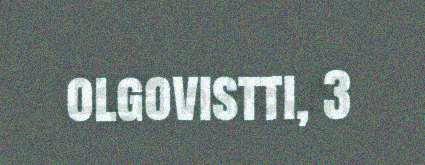
olgovistti, 3